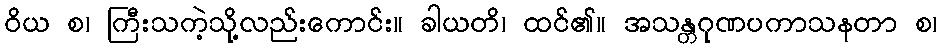
ဝိယ စ၊ ကြီးသကဲ့သို့လည်းကောင်း။ ခါယတိ၊ ထင်၏။ အသန္တဂုဏပကာသနတာ စ၊